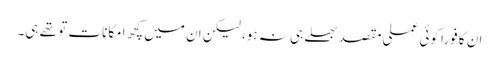
ان کا فوراً کوئی عملی مقصد بھلے ہی نہ ہو، لیکن ان میں کچھ امکانات تو تھے ہی۔